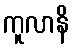
ကူလာနိ